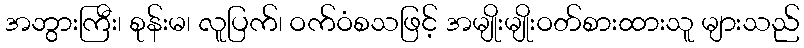
အဘွားကြီး၊ စုန်းမ၊ လူပြက်၊ ဝက်ဝံစသဖြင့် အမျိုးမျိုးဝတ်စားထားသူ များသည်